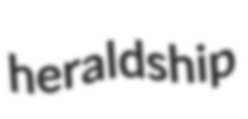
heraldship